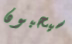
سيحبون